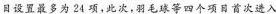
目设置最多为24项，此次，羽毛球等四个项目首次进入